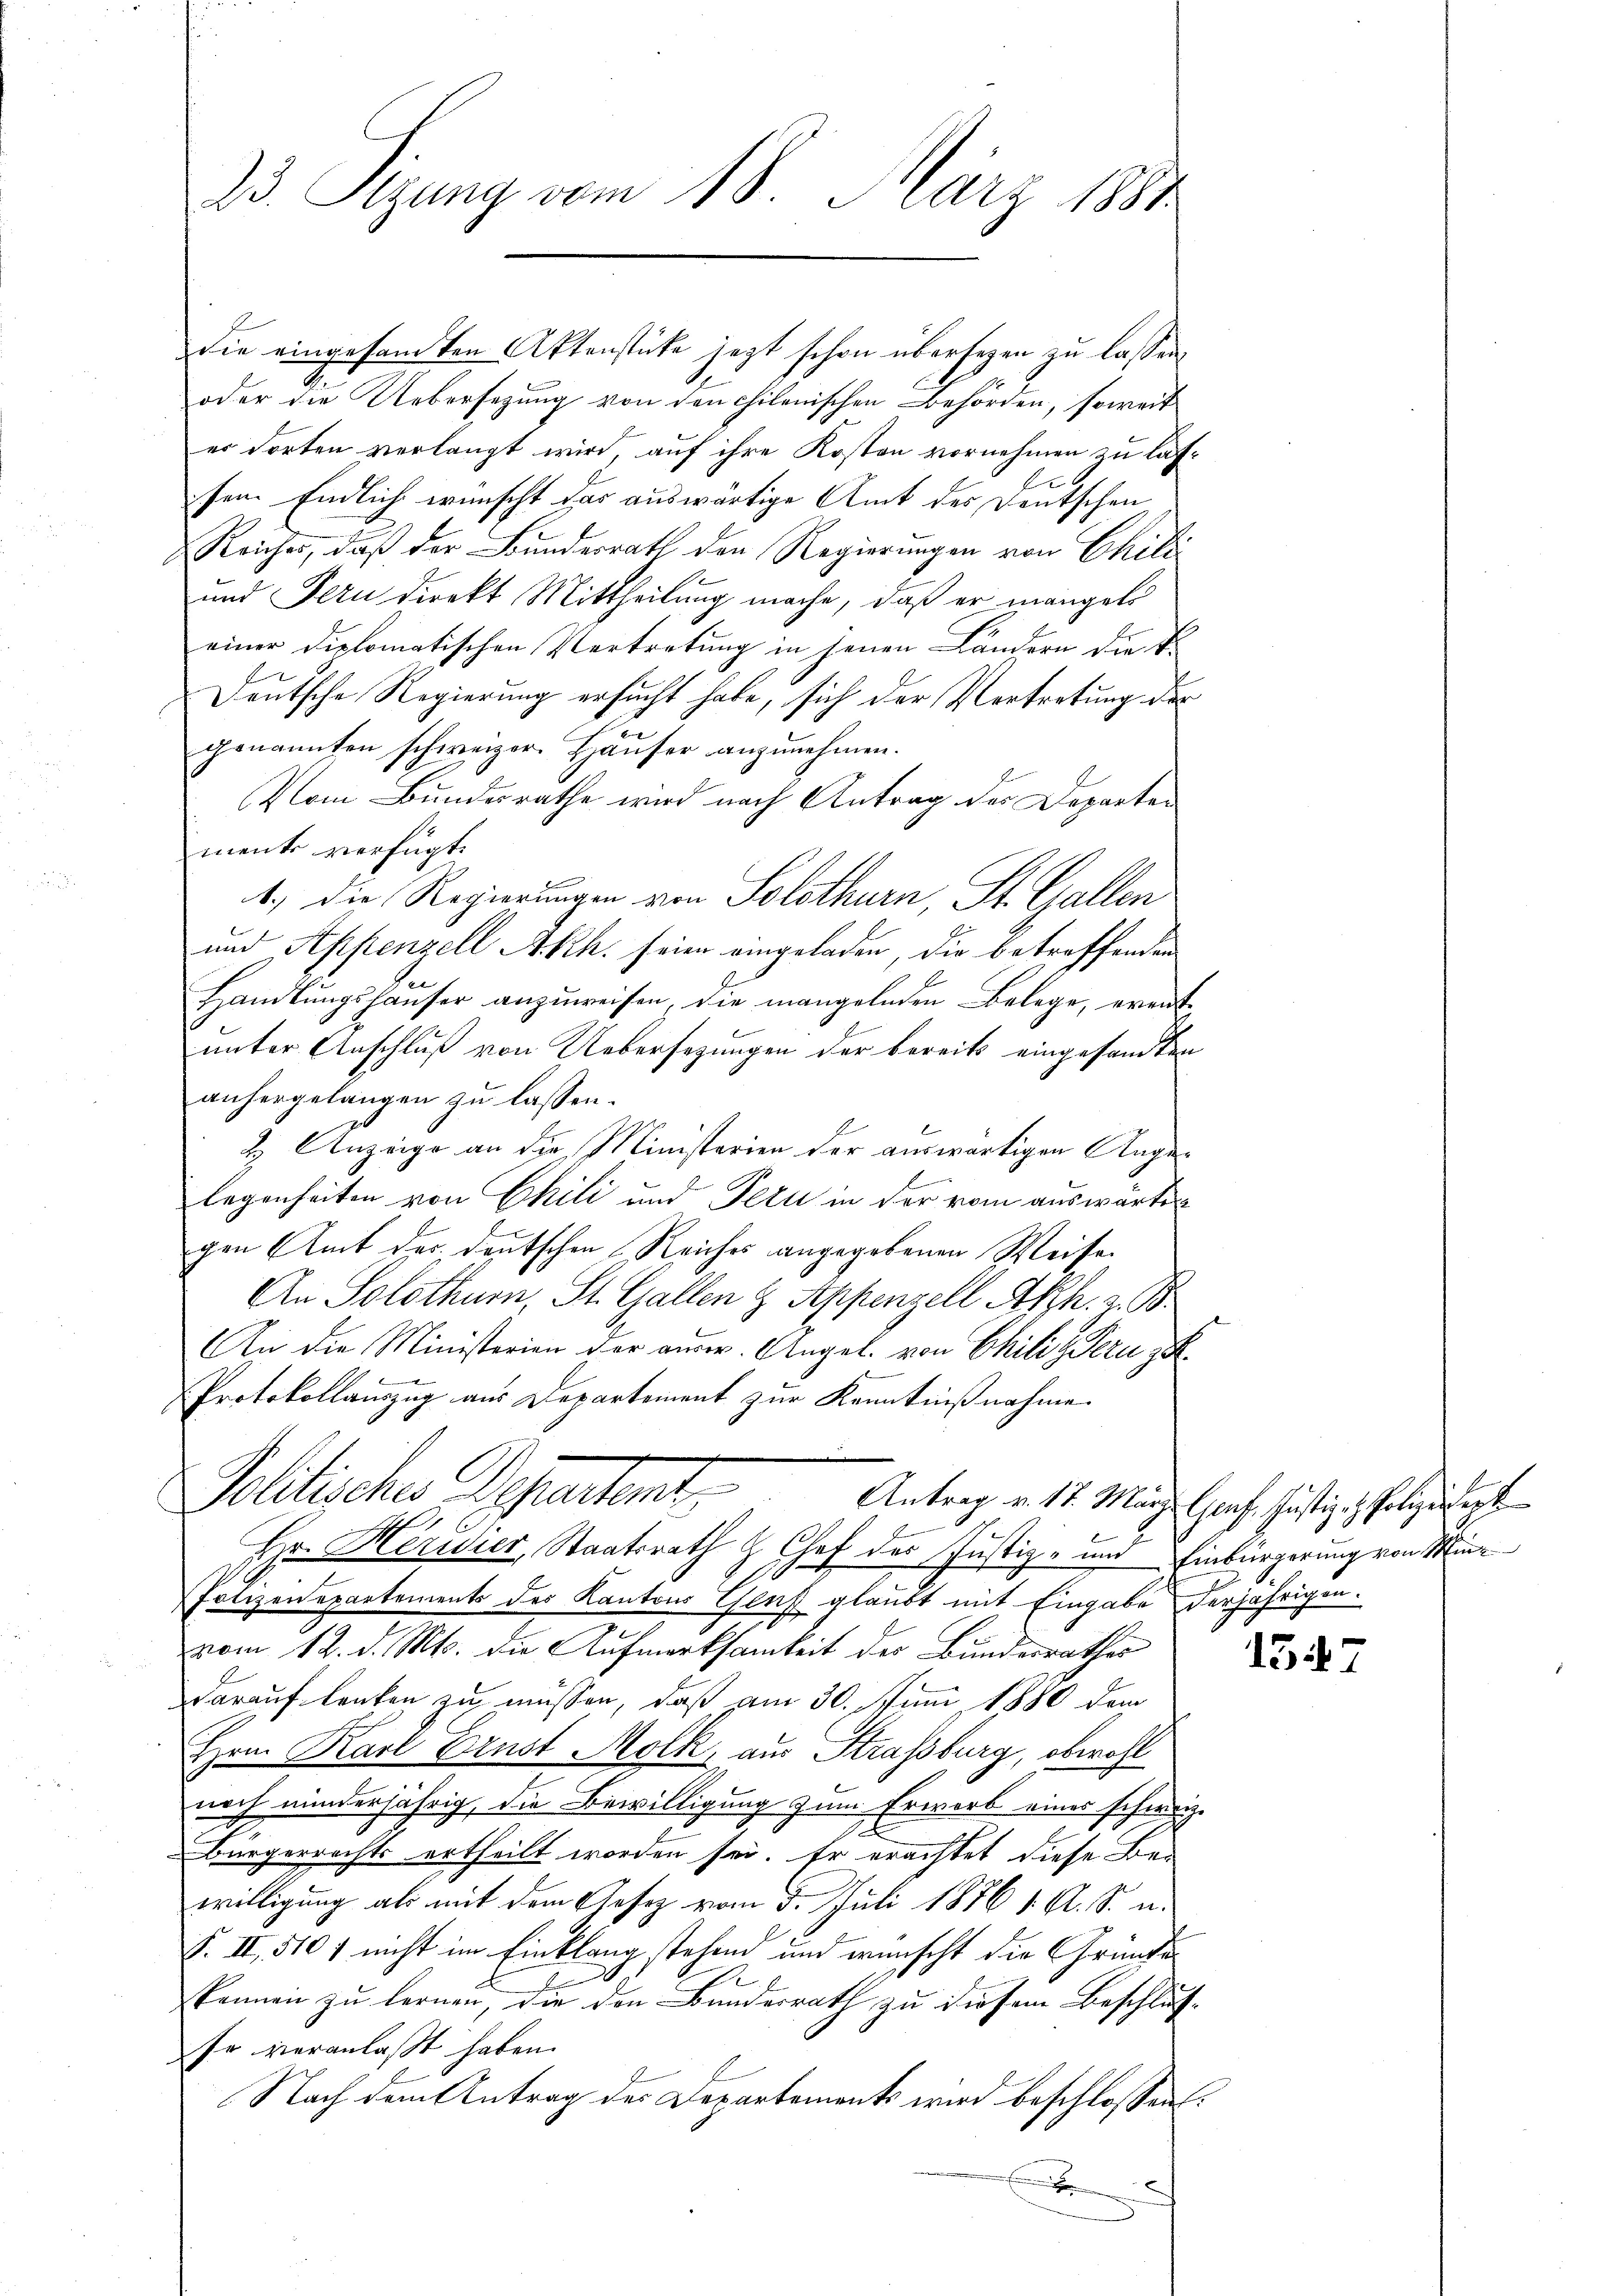
23. Sizung vom 18. März 1881

die eingesandten Aktenstüke jezt schon übersehen zu lassen.
oder die Uebersezung von den chilenischen Behörden, soweit
er dorten verlangt wird, auf ihre Kosten vornehmen zu lassen. Endlich wünscht das auswärtige Amt des Deutschen
Reiches, daß der Bundesrath den Regierungen von Chili
und Fern direkt Mittheilung mache, daß er mangeli
einer diplomatischen Vertretung in jenen Ländern die E
Deutsche Regierung ersucht habe, sich der Vertretung der
genannten schweizer. Häuser anzunehmen.
Vom Bundesrathe wird nach Antrag der Departen
mente verfügt:
1.) Die Regierungen von Solothurn, St. Gallen
und Appenzell Akh. seien eingeladen, die betreffenden
Handlungshäuser anzuweisen, die mangelnden Belege, ereitunter Anschluß von Uebersezungen der bereits eingesandten
anhergelangen zu lassen.
2. Anzeige an die Ministerien der auswärtigen Angel
legenheiten von Chili und Fezu in der vom auswärte
gen Amt der deutschen Reiches angegebenen Weise
An Solothur, St. Gallen & Appenzell Abh. z. B.
An die Ministerien der ausw. Angel. von Chiliz Pern zu¬
Protokollauszug aus Departement zur Kenntnißnahme.
Politische Departamt Antrag v. 14. März lach, heftige hat, nicht
4
Hr. Herider, Staatsrath H Chef des Justiz- und Einbürgerung von Min¬
Potizenepartements des Kantons Genf glaubt mit Eingabe derjährigen
vom 12. d. Mts. die Aufmerksamkeit der Bundesrathes
darauf lenken zu müssen, daß am 30. Juni 1880 dem
Hrn Karl Brust Molk, aus Strassburg, obwohl
nach minderjährig, die Bewilligung zum Erwarb eines schweiz.
Bürgerrechts ertheilt worden sei. Er erachtet diese Bewilligung als mit dem Gesetz vom 5. Juli 1886 1 Al. S. u.
S. II, 510 f nicht im Einklang stehend und wünscht die Gründe
F
skennen zu lernen, die den Bundesrath zu diesem Beschlusse veranlaßt haben.
Nach dem Antrag des Departements wird beschlossen.
.

1547